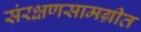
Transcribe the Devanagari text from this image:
संरक्षणसामग्रीत